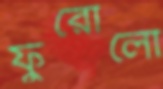
ফুরোলো